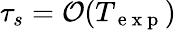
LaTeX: \tau_{s}=\mathcal{O}(T_{\mathrm{~e~x~p~}})